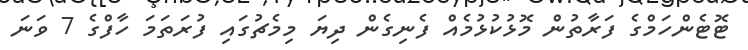
ޓޮޓެންހަމްގެ ފަރާތުން މޮޅުކުޅުމެއް ފެނިގެން ދިޔަ މިމެޗުގައި ފުރަތަމަ ހާފްގެ 7 ވަނަ